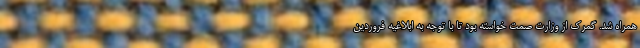
همراه شد. گمرک از وزارت صمت خواسته بود تا با توجه به ابلاغیه فروردین